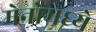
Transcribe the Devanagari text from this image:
मेनोमध्ये